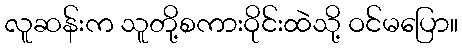
လူဆန်းက သူတို့စကားဝိုင်းထဲသို့ ဝင်မပြော။